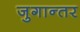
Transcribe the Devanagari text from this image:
जुगान्तर